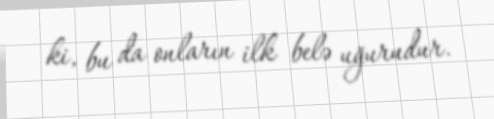
ki, bu da onların ilk belə uğurudur.